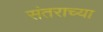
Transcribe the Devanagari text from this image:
संतराच्या